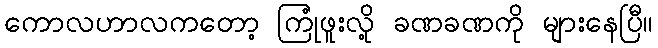
ကောလဟာလကတော့ ကြုံဖူးလို့ ခဏခဏကို များနေပြီ။